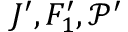
J ^ { \prime } , F _ { 1 } ^ { \prime } , \mathcal { P } ^ { \prime }